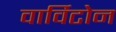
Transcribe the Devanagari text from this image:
वार्विटोन